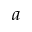
a